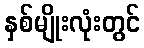
နှစ်မျိုးလုံးတွင်